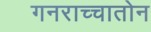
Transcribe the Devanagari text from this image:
गनराच्चातोन